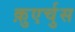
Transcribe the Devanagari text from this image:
क़ुएर्चुस